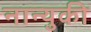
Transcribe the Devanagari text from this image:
नान्युकी